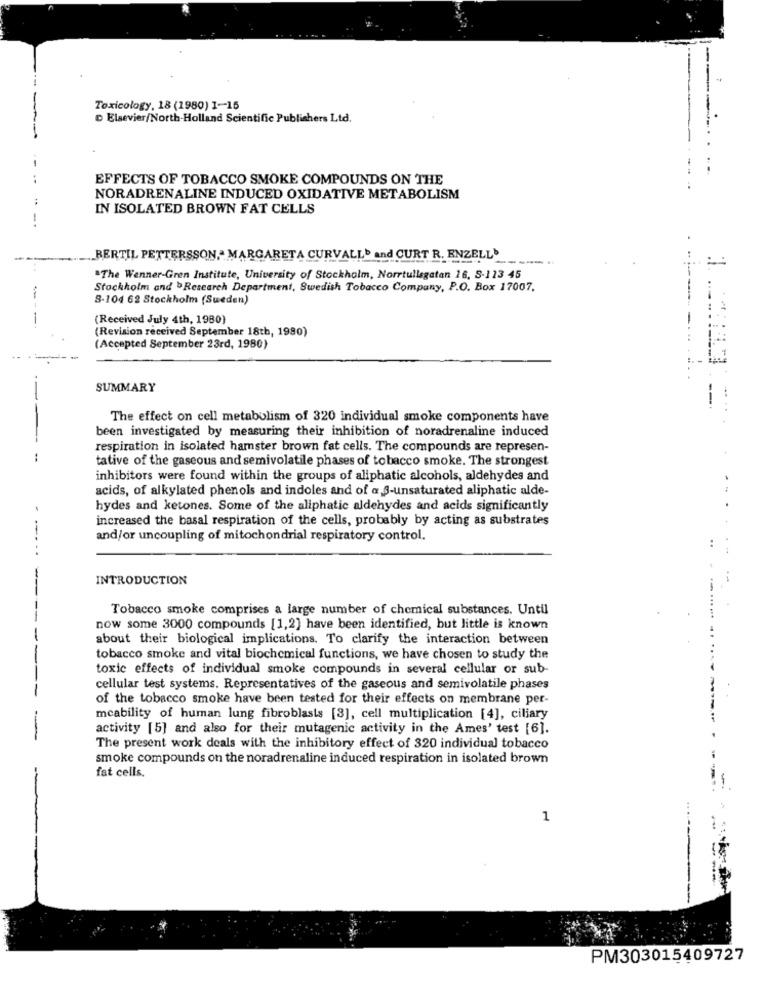
Toxicology, 18 (1980) 1-15
---
D Elsevier/North-Holland Scientific Publishers Ltd.
EFFECTS OF TOBACCO SMOKE COMPOUNDS ON THE
NORADRENALINE INDUCED OXIDATIVE METABOLISM
IN ISOLATED BROWN FAT CELLS
BERTIL PETTERSSON ,- MARGARETA CURVALL' and CURT R. ENZELL
-----
"The Wenner-Gren Institute, University of Stockholm, Norrtullsgatan 16, S-123 45
. .....
Stockholm and >Research Department, Swedish Tobacco Company, P.O. Box 17007.
-
8-104 62 Stockholm (Sweden)
(Received July 4th, 1980)
(Revision received September 18th, 1980)
(Accepted September 23rd, 1980)
SUMMARY
The effect on cell metabolism of 320 individual smoke components have
been investigated by measuring their inhibition of noradrenaline induced
respiration in isolated hamster brown fat cells. The compounds are represen-
tative of the gaseous and semivolatile phases of tobacco smoke. The strongest
inhibitors were found within the groups of aliphatic alcohols, aldehydes and
acids, of alkylated phenols and indoles and of @ 3-unsaturated aliphatic alde-
hydes and ketones. Some of the aliphatic aldehydes and acids significantly
increased the basal respiration of the cells, probably by acting as substrates
--
and/or uncoupling of mitochondrial respiratory control.
INTRODUCTION
Tobacco smoke comprises a large number of chemical substances. Until
now some 3000 compounds [1,2] have been identified, but little is known
about their biological implications. To clarify the interaction between
tobacco smoke and vital biochemical functions, we have chosen to study the
toxic effects of individual smoke compounds in several cellular or sub-
cellular test systems. Representatives of the gaseous and semivolatile phases
of the tobacco smoke have been tested for their effects on membrane per-
mcability of human lung fibroblasts [3], cell multiplication [4], ciliary
activity [5] and also for their mutagenic activity in the Ames' test [6].
The present work deals with the inhibitory effect of 320 individual tobacco
smoke compounds on the noradrenaline induced respiration in isolated brown
fat cells.
1
PM303015409727